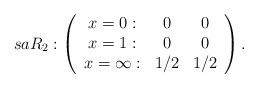
LaTeX: \begin{align*}saR_2:\left(\begin{array}{ccc} x=0:&0&0\\ x=1:&0&0\\ x=\infty:&1/2&1/2\end{array}\right).\end{align*}